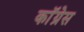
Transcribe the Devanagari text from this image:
काॅंग्रेस